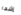
إشعار